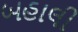
બહાલી